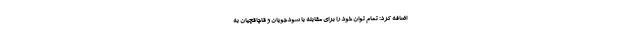
اضافه کرد: تمام توان خود را برای مقابله با سودجویان و قاچاقچیان به